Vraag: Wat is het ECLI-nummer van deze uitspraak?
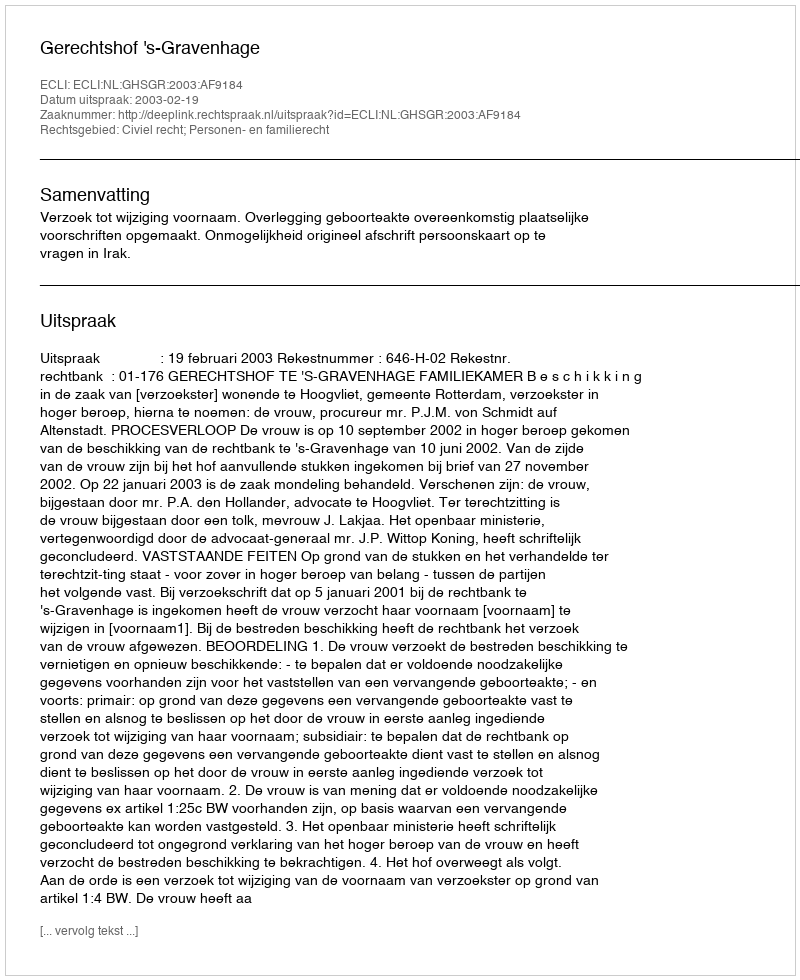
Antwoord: ECLI:NL:GHSGR:2003:AF9184